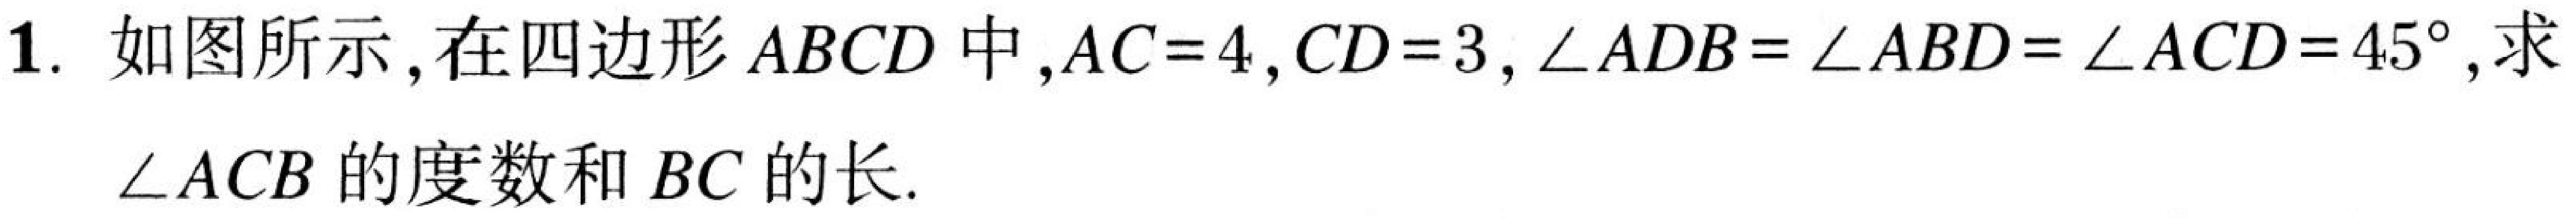
1. 如图所示，在四边形\(ABCD\)中，\(AC = 4\)，\(CD = 3\)，\(\angle ADB=\angle ABD=\angle ACD = 45^{\circ}\)，求
\(\angle ACB\)的度数和\(BC\)的长.